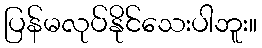
ပြန်မလုပ်နိုင်သေးပါဘူး။